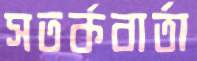
সতর্কবার্তা